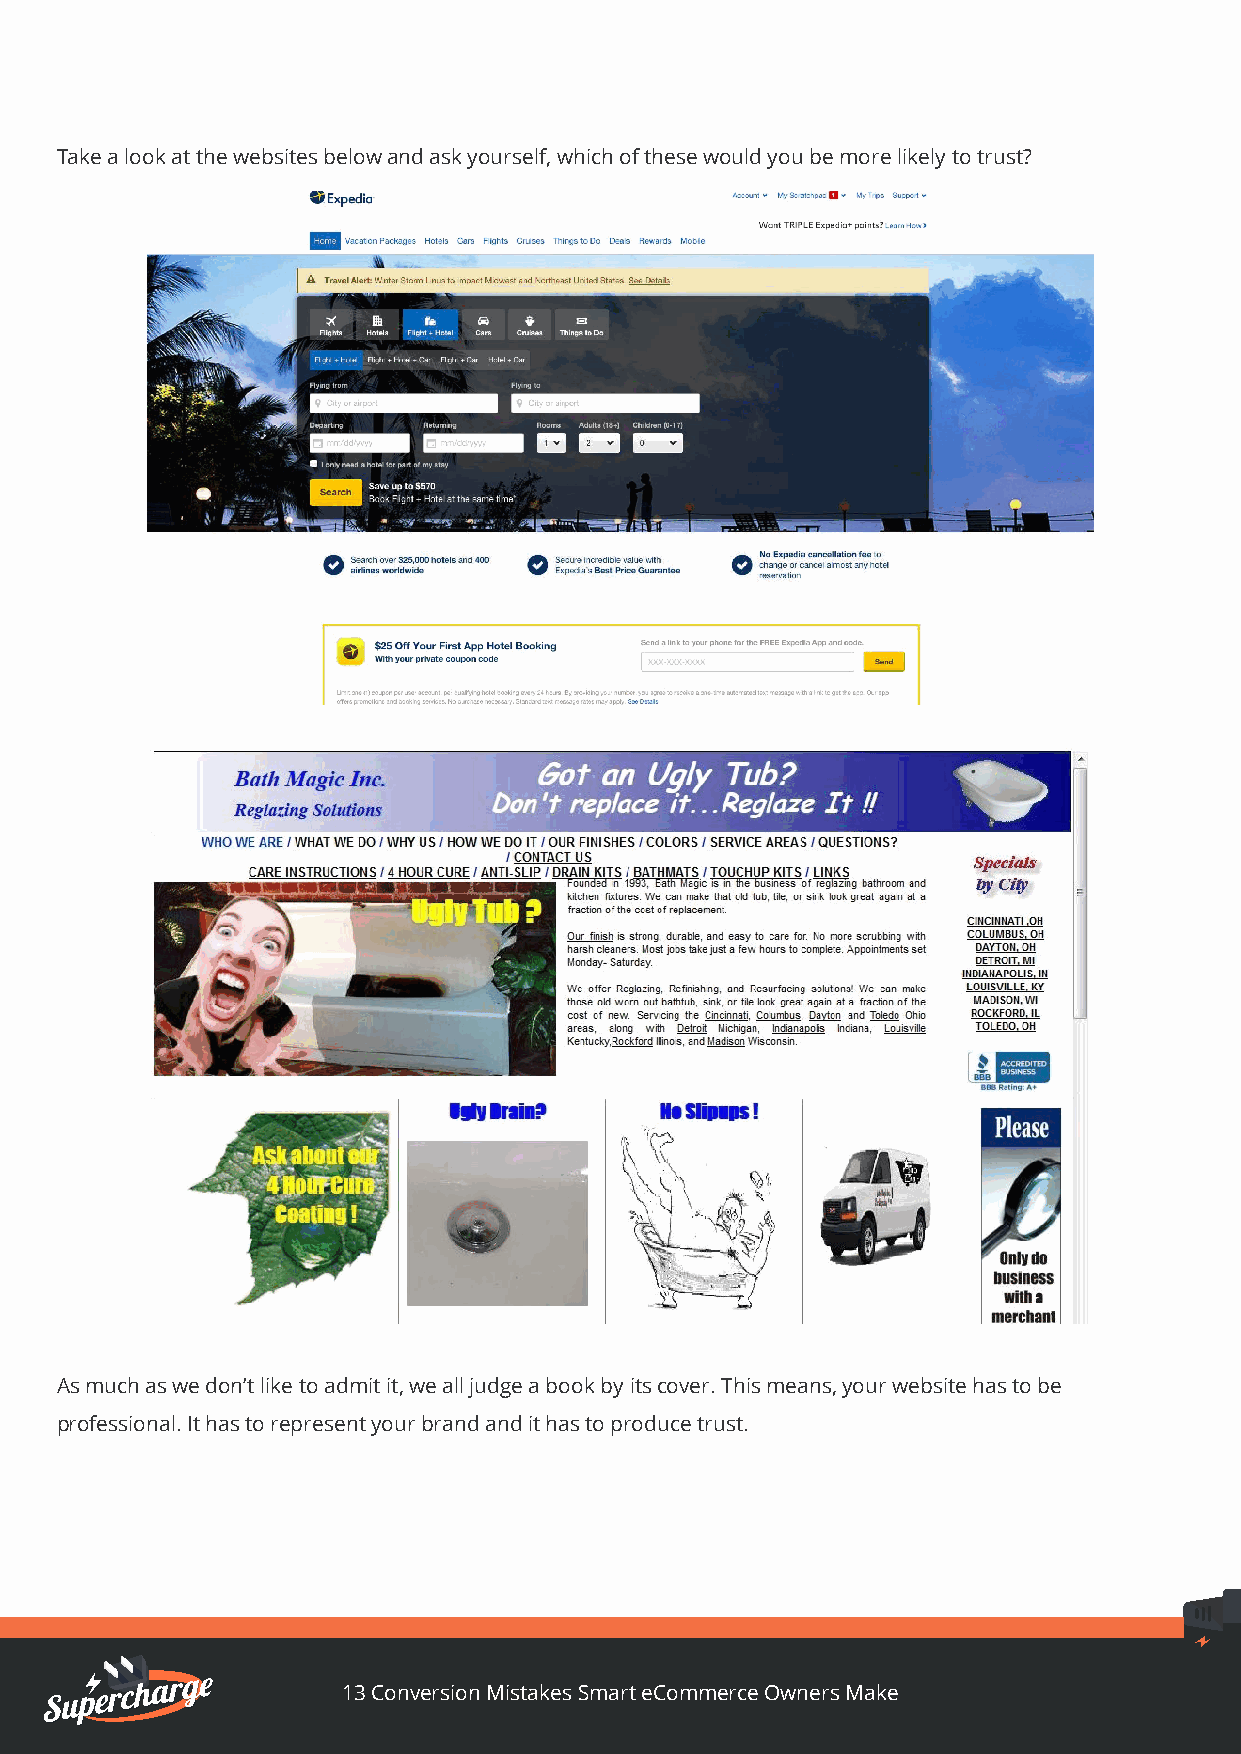
Take a look at the websites below and ask yourself, which of these would you be more likely to trust?
 As much as we don’t like to admit it, we all judge a book by its cover. This means, your website has to be
 professional. It has to represent your brand and it has to produce trust.
 13 Conversion Mistakes Smart eCommerce Owners Make